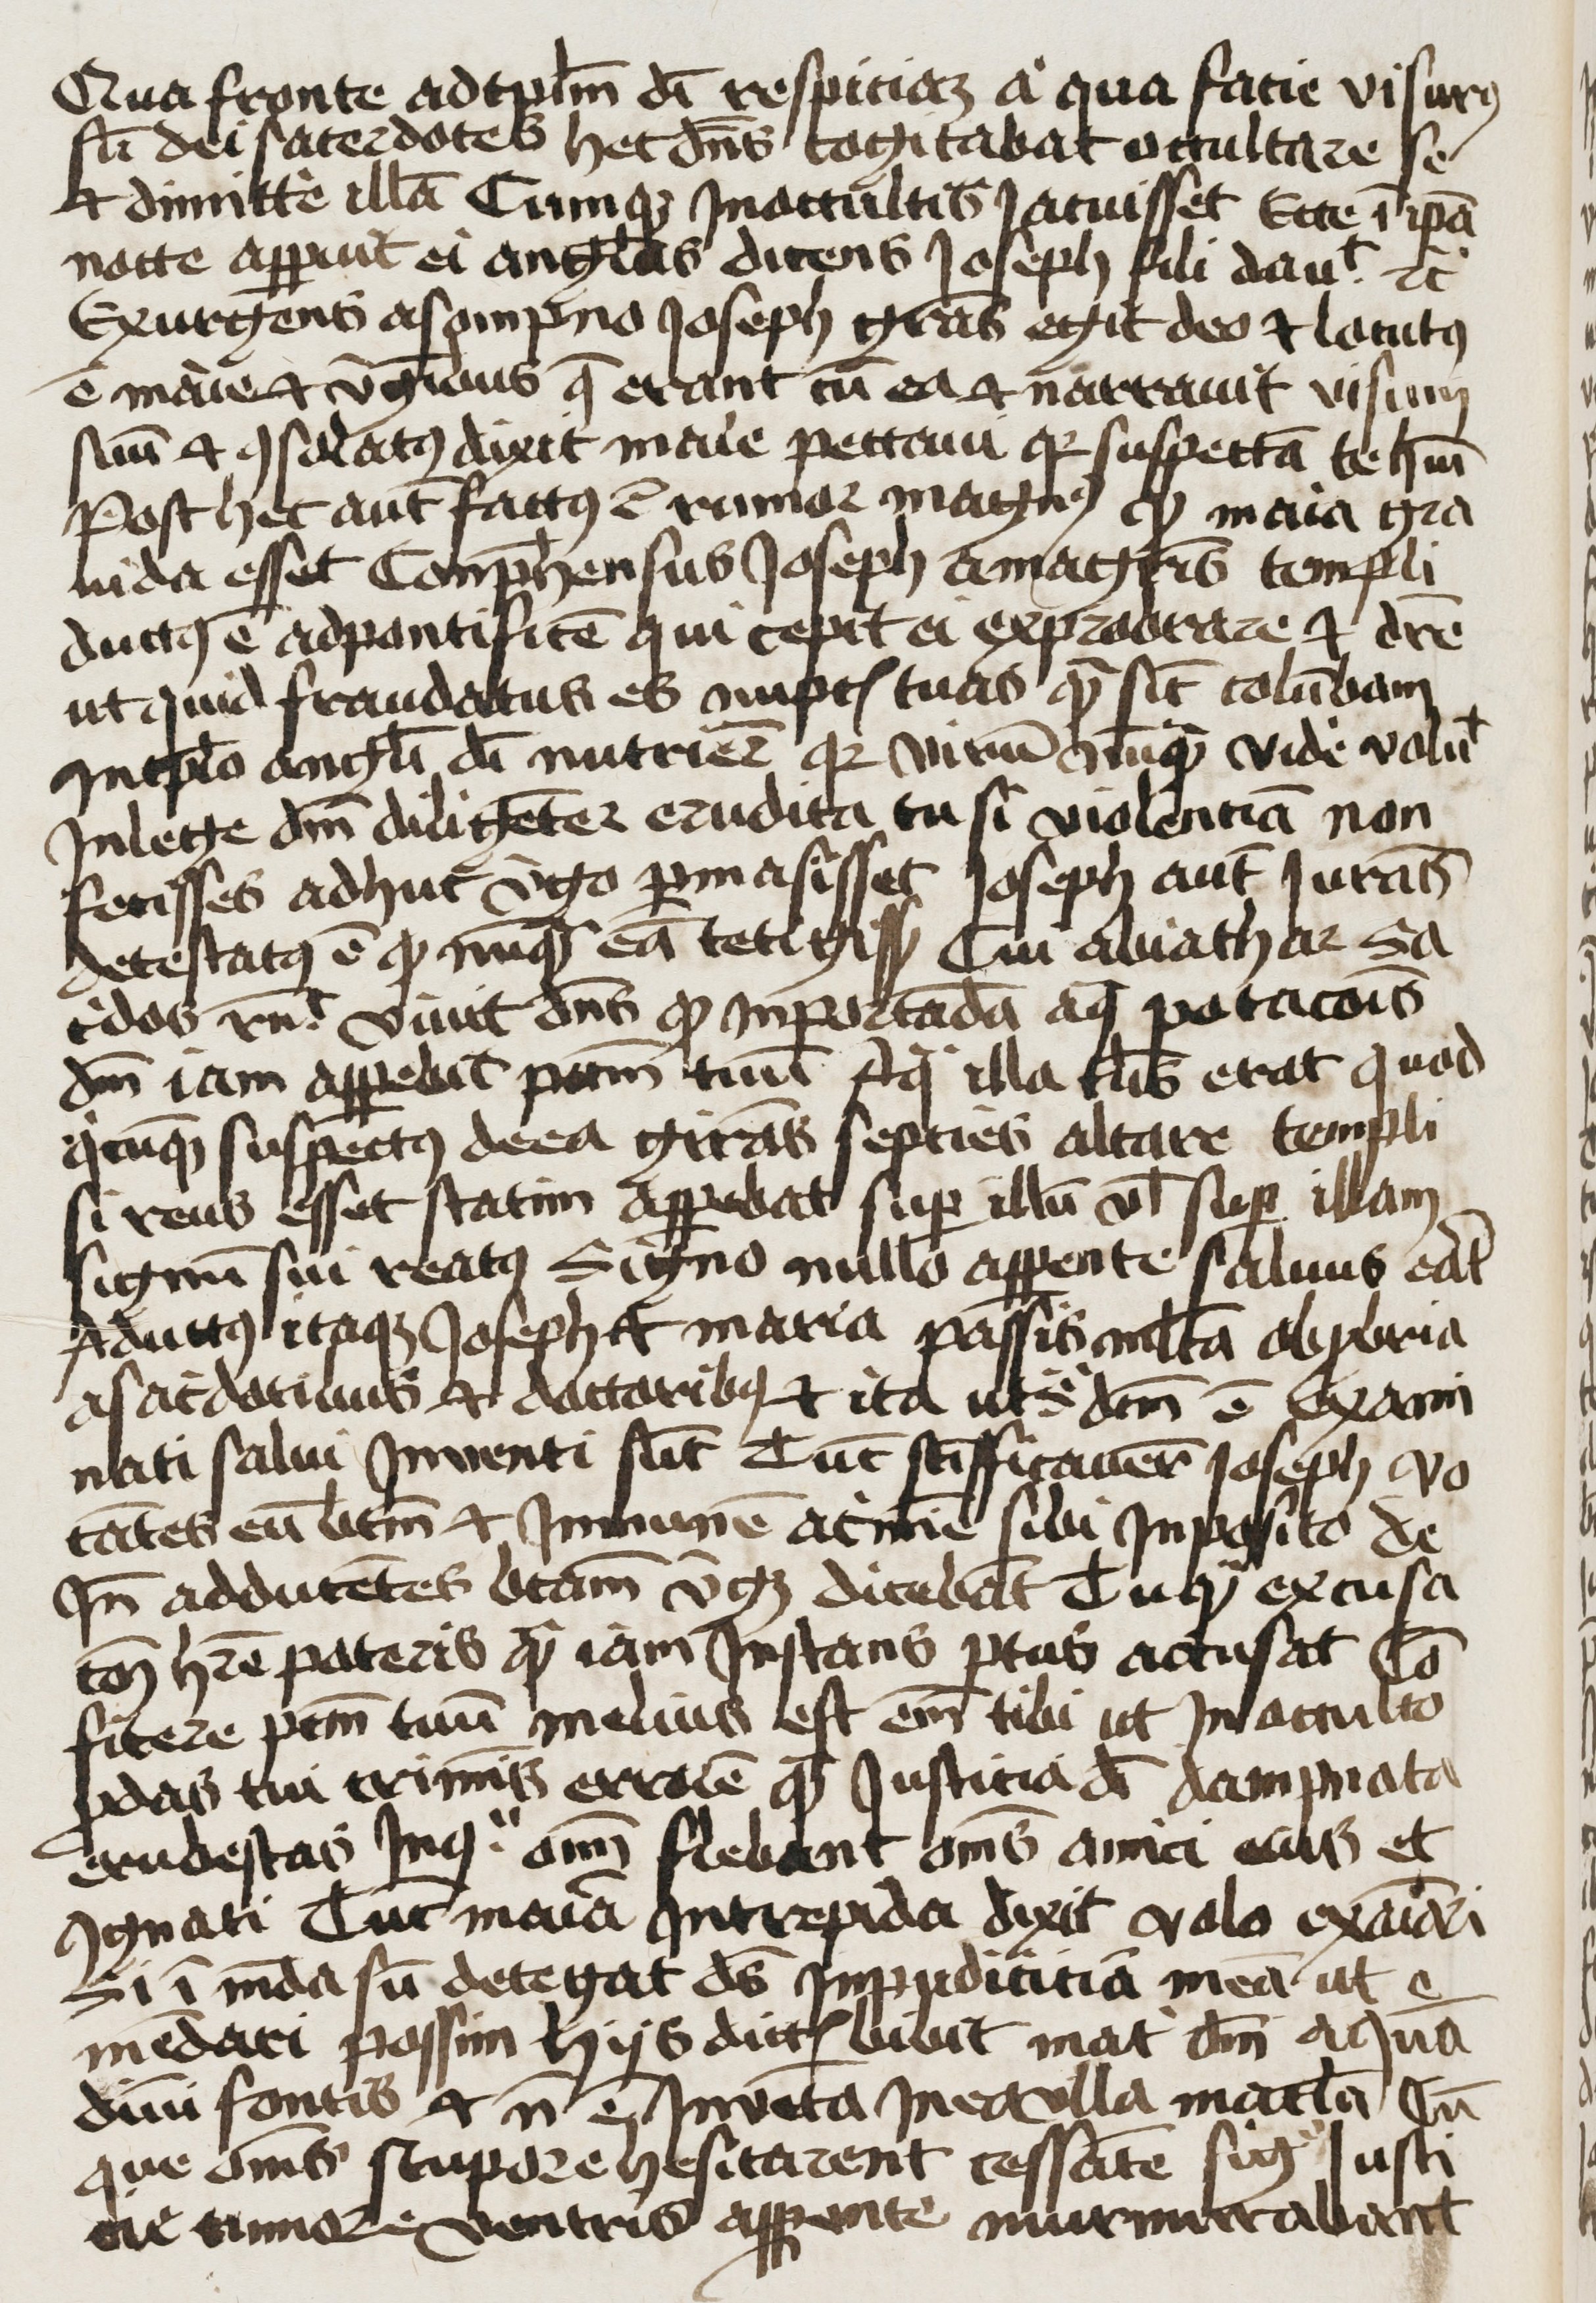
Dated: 1400–1499